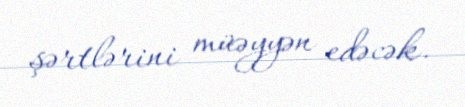
şərtlərini müəyyən edəcək.